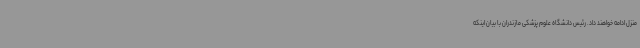
منزل ادامه خواهند داد. رئیس دانشگاه علوم پزشکی مازندران با بیان اینکه